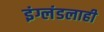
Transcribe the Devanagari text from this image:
इंग्लंडलाही